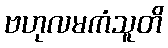
ဗဟုလမကံသူတိ